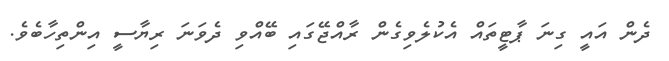
ދެން އައީ ގިނަ ޕާޓީތައް އެކުލެވިގެން ރާއްޖޭގައި ބޭއްވި ދެވަނަ ރިޔާސީ އިންތިހާބެވެ.